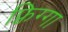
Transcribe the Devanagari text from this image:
फ़्रिग्गा